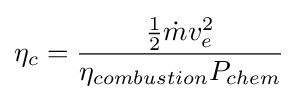
\eta _{c}={\frac {{\frac {1}{2}}{\dot {m}}v_{e}^{2}}{\eta _{combustion}P_{chem}}}